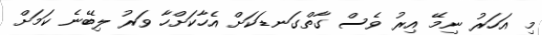
މި އަހަރު ނިމޭ އިރު ވެސް ގާތްގަނޑަކަށް އެހާކަށްހާ ވަރު ލިބޭނެ ކަމަށް